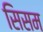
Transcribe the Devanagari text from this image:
सिसम